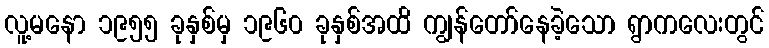
လူ့မနော ၁၉၅၅ ခုနှစ်မှ ၁၉၆၀ ခုနှစ်အထိ ကျွန်တော်နေခဲ့သော ရွာကလေးတွင်